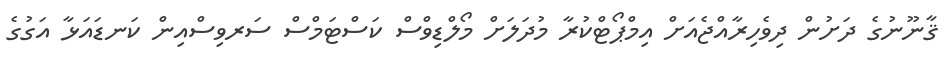
ޤާނޫނުގެ ދަށުން ދިވެހިރާއްޖެއަށް އިމްޕޯޓްކުރާ މުދަލަށް މޯލްޑިވްސް ކަސްޓަމްސް ސަރވިސްއިން ކަނޑައަޅާ އަގުގެ